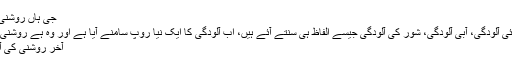
جی ہاں روشنی سے آلودہ ….
اب تک ہم فضائی آلودگی، آبی آلودگی، شور کی آلودگی جیسے الفاظ ہی سنتے آئے ہیں، اب آلودگی کا ایک نیا روپ سامنے آیا ہے اور وہ ہے روشنی کی آلودگی….
آخر روشنی کی آلودگی ہے کیا؟